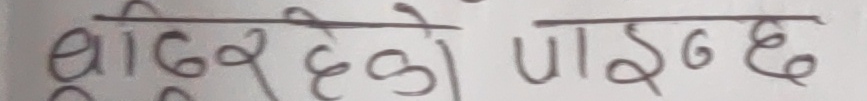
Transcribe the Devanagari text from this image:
बाँडरहेको पाइन्छ